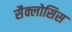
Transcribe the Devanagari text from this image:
सैक्लोसिस